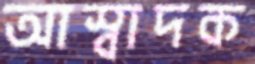
আস্বাদক